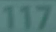
117